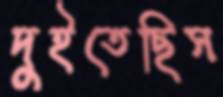
দুইতেছিস